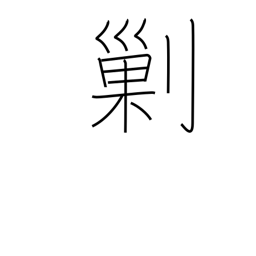
Meaning: destroy